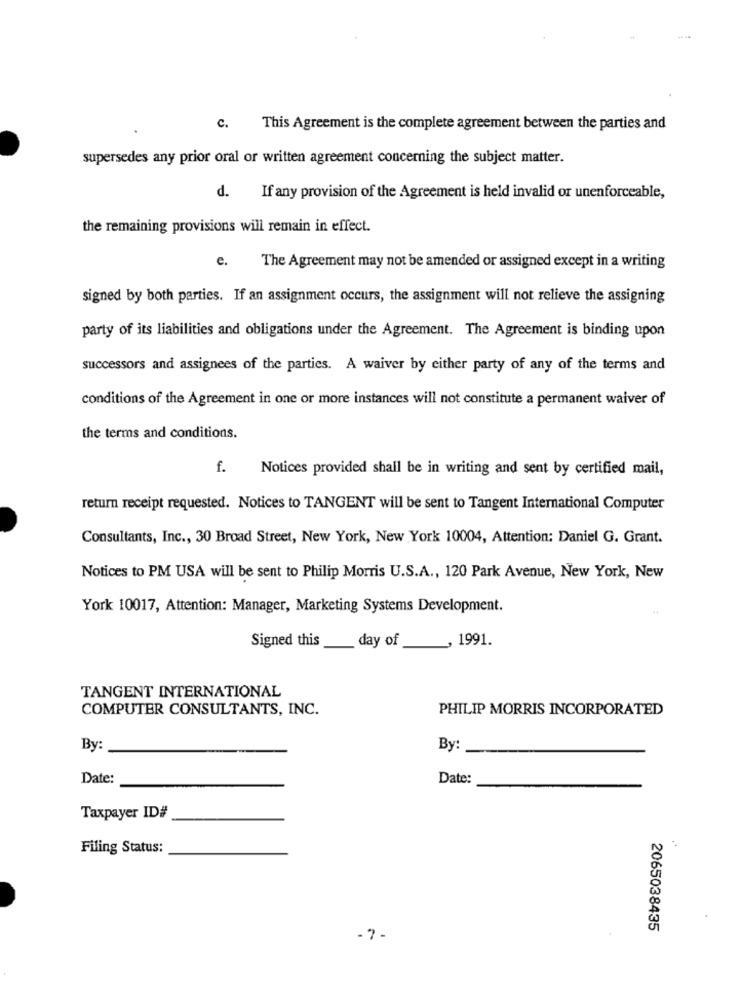
C.
This Agreement is the complete agreement between the parties and
supersedes any prior oral or written agreement concerning the subject matter.
d.
If any provision of the Agreement is held invalid or unenforceable,
the remaining provisions will remain in effect.
e.
The Agreement may not be amended or assigned except in a writing
signed by both parties. If an assignment occurs, the assignment will not relieve the assigning
party of its liabilities and obligations under the Agreement. The Agreement is binding upon
successors and assignees of the parties. A waiver by either party of any of the terms and
conditions of the Agreement in one or more instances will not constitute a permanent waiver of
the terms and conditions.
f.
Notices provided shall be in writing and sent by certified mail,
return receipt requested. Notices to TANGENT will be sent to Tangent International Computer
Consultants, Inc ., 30 Broad Street, New York, New York 10004, Attention: Daniel G. Grant.
Notices to PM USA will be sent to Philip Morris U.S.A ., 120 Park Avenue, New York, New
York 10017, Attention: Manager, Marketing Systems Development.
Signed this
day of
1991.
TANGENT INTERNATIONAL
COMPUTER CONSULTANTS, INC.
PHILIP MORRIS INCORPORATED
By:
By:
Date:
Date:
Taxpayer ID#
Filing Status:
2065038435
-7-